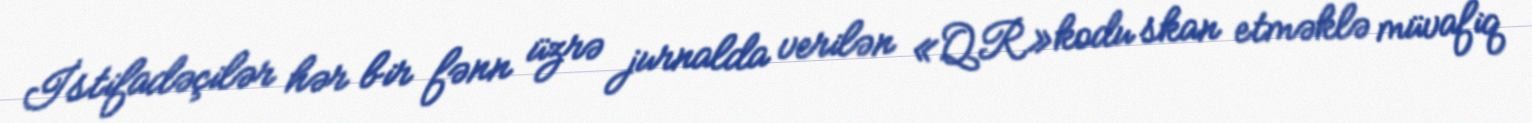
İstifadəçilər hər bir fənn üzrə jurnalda verilən «QR»kodu skan etməklə müvafiq